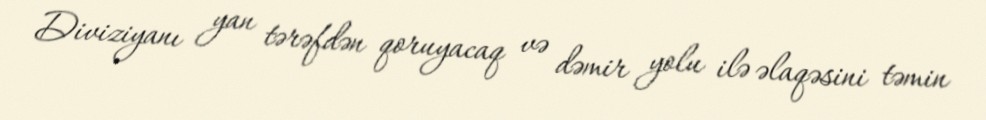
Diviziyanı yan tərəfdən qoruyacaq və dəmir yolu ilə əlaqəsini təmin